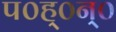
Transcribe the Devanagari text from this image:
प०ह्०न्०